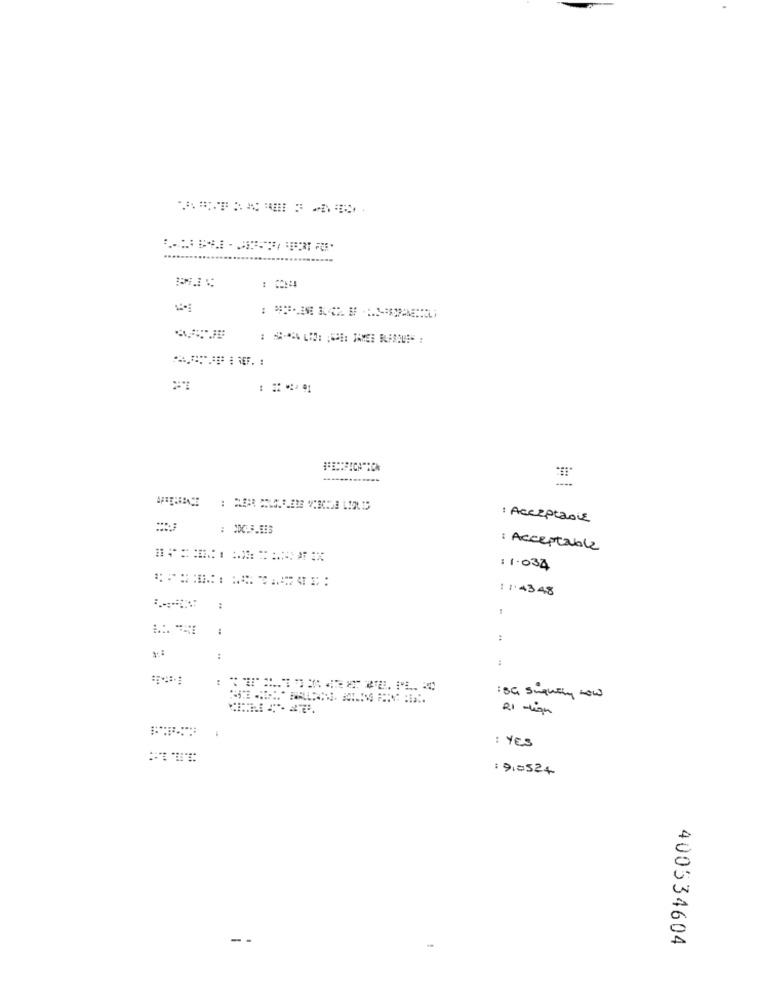
: Acceptable
: Acceptable
:1-034
11.4348
:
..
:
:
:
:8G Sugning Low
21 -ligh
: YES
: 9.0524
-.
400534604